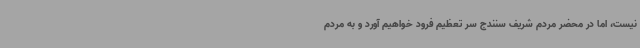
نیست، اما در محضر مردم شریف سنندج سر تعظیم فرود خواهیم آورد و به مردم